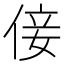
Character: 倿